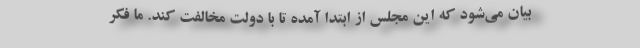
بیان می‌شود که این مجلس از ابتدا آمده تا با دولت مخالفت کند. ما فکر